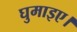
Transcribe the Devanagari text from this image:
घुमाइए।